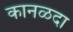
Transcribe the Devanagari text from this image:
कानळदा